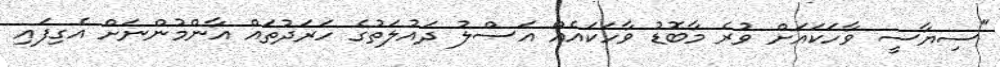
"ސިޔާސީ ވާހަކައަށް ވުރެ މާބޮޑު ވާހަކައެއް އަސްލު ދައުލަތުގެ ހަރަދުތައް އާންމުންނަށް އެގިފައި